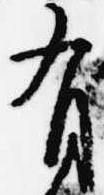
有